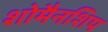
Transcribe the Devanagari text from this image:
शोमैनशिप